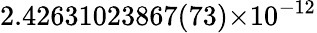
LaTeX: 2.42631023867(73)×10^{-12}